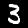
Label: 3